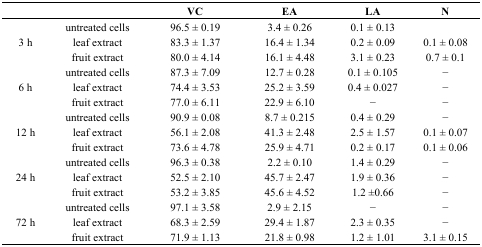
<table><thead><tr><td></td><td></td><td><b>VC</b></td><td><b>EA</b></td><td><b>LA</b></td><td><b>N</b></td></tr></thead><tbody><tr><td rowspan="3">3 h</td><td>untreated cells</td><td>96.5 ± 0.19</td><td>3.4 ± 0.26</td><td>0.1 ± 0.13</td><td></td></tr><tr><td>leaf extract</td><td>83.3 ± 1.37</td><td>16.4 ± 1.34</td><td>0.2 ± 0.09</td><td>0.1 ± 0.08</td></tr><tr><td>fruit extract</td><td>80.0 ± 4.14</td><td>16.1 ± 4.48</td><td>3.1 ± 0.23</td><td>0.7 ± 0.1</td></tr><tr><td rowspan="3">6 h</td><td>untreated cells</td><td>87.3 ± 7.09</td><td>12.7 ± 0.28</td><td>0.1 ± 0.105</td><td>−</td></tr><tr><td>leaf extract</td><td>74.4 ± 3.53</td><td>25.2 ± 3.59</td><td>0.4 ± 0.027</td><td>−</td></tr><tr><td>fruit extract</td><td>77.0 ± 6.11</td><td>22.9 ± 6.10</td><td>−</td><td>−</td></tr><tr><td rowspan="3">12 h</td><td>untreated cells</td><td>90.9 ± 0.08</td><td>8.7 ± 0.215</td><td>0.4 ± 0.29</td><td>−</td></tr><tr><td>leaf extract</td><td>56.1 ± 2.08</td><td>41.3 ± 2.48</td><td>2.5 ± 1.57</td><td>0.1 ± 0.07</td></tr><tr><td>fruit extract</td><td>73.6 ± 4.78</td><td>25.9 ± 4.71</td><td>0.2 ± 0.17</td><td>0.1 ± 0.06</td></tr><tr><td rowspan="3">24 h</td><td>untreated cells</td><td>96.3 ± 0.38</td><td>2.2 ± 0.10</td><td>1.4 ± 0.29</td><td>−</td></tr><tr><td>leaf extract</td><td>52.5 ± 2.10</td><td>45.7 ± 2.47</td><td>1.9 ± 0.36</td><td>−</td></tr><tr><td>fruit extract</td><td>53.2 ± 3.85</td><td>45.6 ± 4.52</td><td>1.2 ±0.66</td><td>−</td></tr><tr><td rowspan="3">72 h</td><td>untreated cells</td><td>97.1 ± 3.58</td><td>2.9 ± 2.15</td><td>−</td><td>−</td></tr><tr><td>leaf extract</td><td>68.3 ± 2.59</td><td>29.4 ± 1.87</td><td>2.3 ± 0.35</td><td>−</td></tr><tr><td>fruit extract</td><td>71.9 ± 1.13</td><td>21.8 ± 0.98</td><td>1.2 ± 1.01</td><td>3.1 ± 0.15</td></tr></tbody></table>